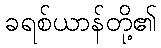
ခရစ်ယာန်တို့၏